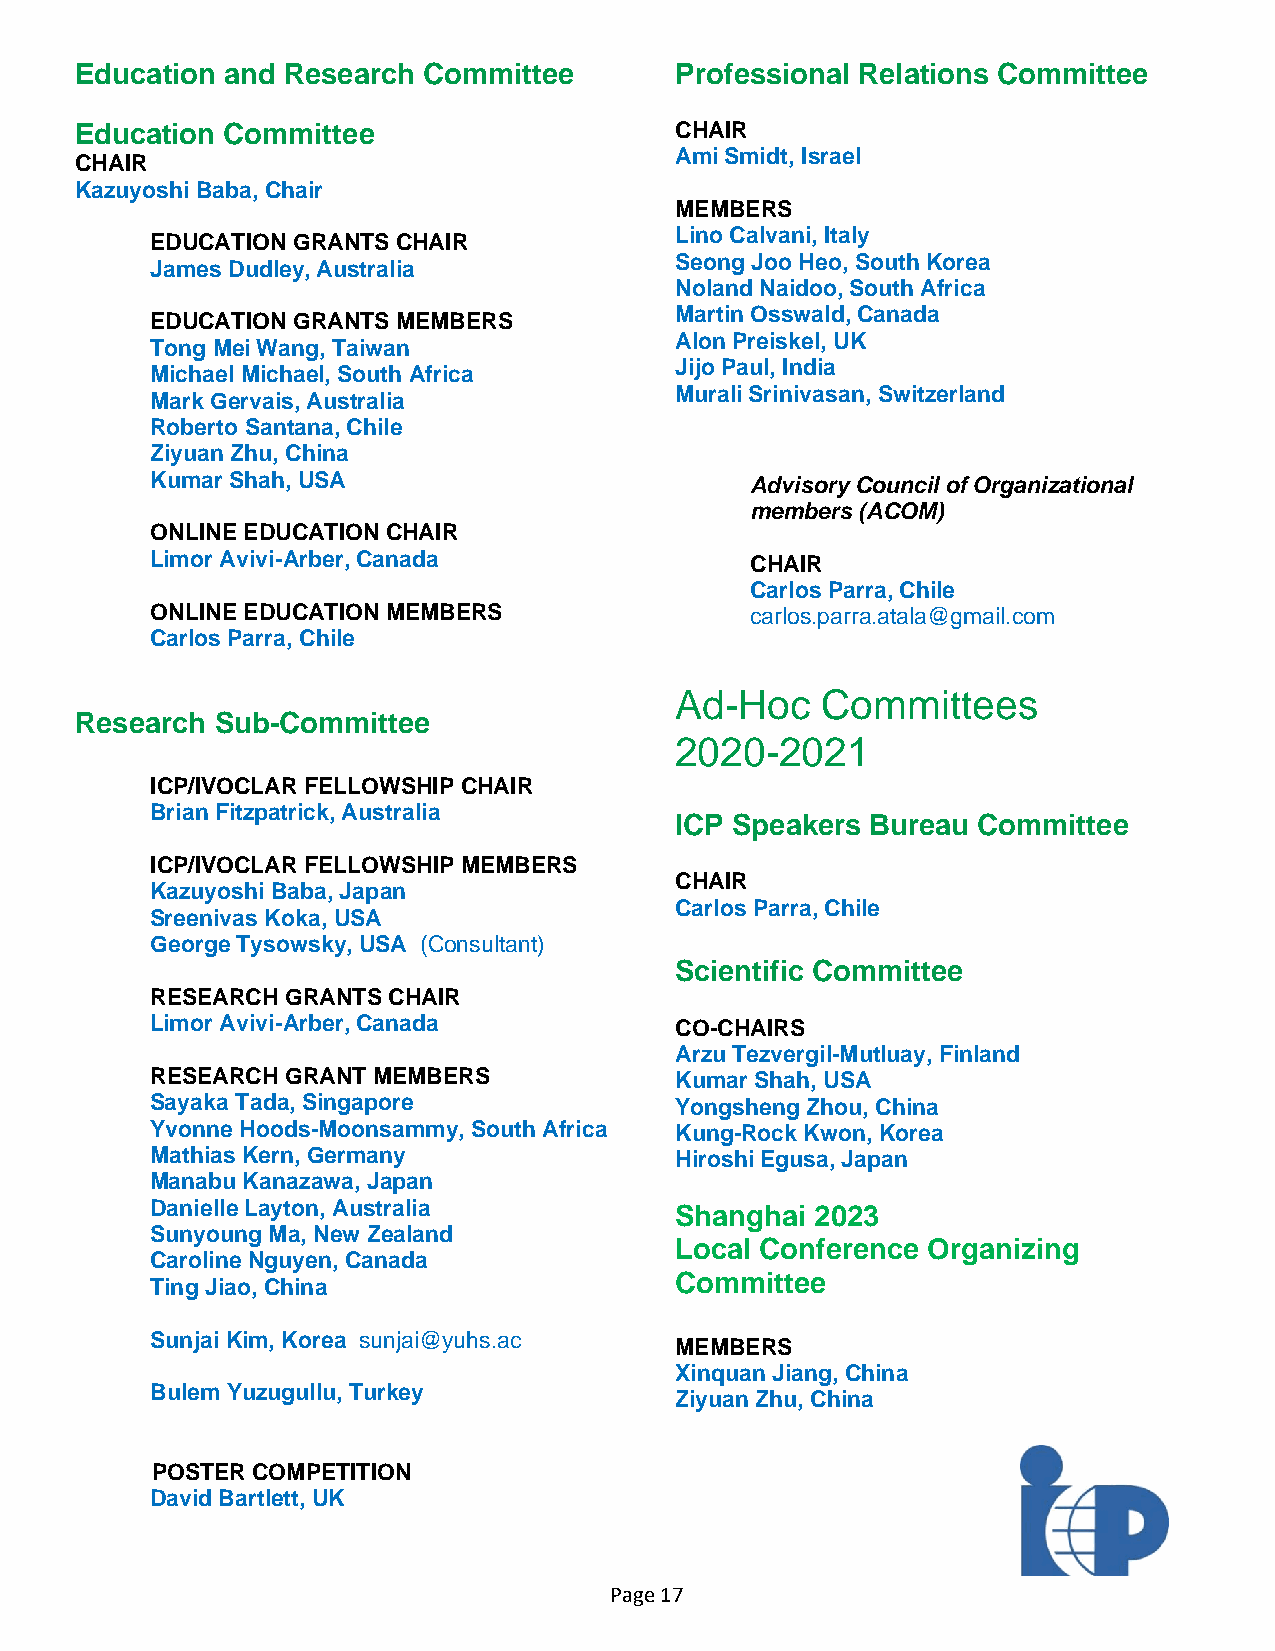
Education and Research Committee        Professional Relations Committee
 Education Committee                     CHAIR
 Ami Smidt, Israel
 CHAIR
 Kazuyoshi Baba, Chair
 MEMBERS
 Lino Calvani, Italy
 EDUCATION GRANTS CHAIR
 Seong Joo Heo, South Korea
 James Dudley, Australia
 Noland Naidoo, South Africa
 Martin Osswald, Canada
 EDUCATION GRANTS MEMBERS
 Alon Preiskel, UK
 Tong Mei Wang, Taiwan
 Jijo Paul, India
 Michael Michael, South Africa
 Murali Srinivasan, Switzerland
 Mark Gervais, Australia
 Roberto Santana, Chile
 Ziyuan Zhu, China
 Kumar Shah, USA                         Advisory Council of Organizational
 members (ACOM)
 ONLINE EDUCATION CHAIR
 Limor Avivi-Arber, Canada               CHAIR
 Carlos Parra, Chile
 ONLINE EDUCATION MEMBERS                carlos.parra.atala@gmail.com
 Carlos Parra, Chile
 Ad-Hoc   Committees
 Research Sub-Committee
 2020-2021
 ICP/IVOCLAR FELLOWSHIP CHAIR
 Brian Fitzpatrick, Australia
 ICP Speakers Bureau Committee
 ICP/IVOCLAR FELLOWSHIP MEMBERS
 CHAIR
 Kazuyoshi Baba, Japan
 Carlos Parra, Chile
 Sreenivas Koka, USA
 George Tysowsky, USA (Consultant)
 Scientific Committee
 RESEARCH GRANTS CHAIR
 Limor Avivi-Arber, Canada          CO-CHAIRS
 Arzu Tezvergil-Mutluay, Finland
 RESEARCH GRANT MEMBERS             Kumar Shah, USA
 Sayaka Tada, Singapore             Yongsheng Zhou, China
 Yvonne Hoods-Moonsammy, South Africa Kung-Rock Kwon, Korea
 Mathias Kern, Germany              Hiroshi Egusa, Japan
 Manabu Kanazawa, Japan
 Danielle Layton, Australia         Shanghai 2023
 Sunyoung Ma, New Zealand
 Local Conference Organizing
 Caroline Nguyen, Canada
 Committee
 Ting Jiao, China
 Sunjai Kim, Korea sunjai@yuhs.ac
 MEMBERS
 Xinquan Jiang, China
 Bulem Yuzugullu, Turkey
 Ziyuan Zhu, China
 POSTER COMPETITION
 David Bartlett, UK
 Page 17